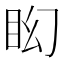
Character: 𥄠